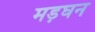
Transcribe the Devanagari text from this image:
मड़घन